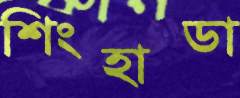
শিংহাডা